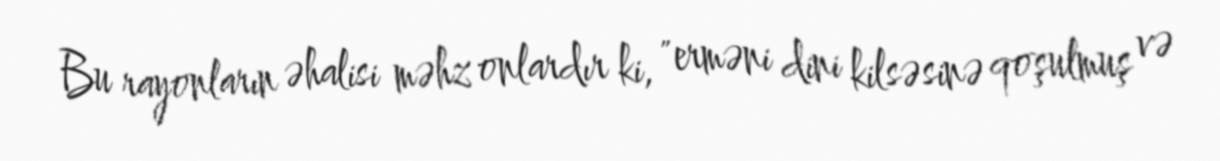
Bu rayonların əhalisi məhz onlardır ki, "erməni dini kilsəsinə qoşulmuş və